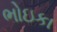
ભોઇકા